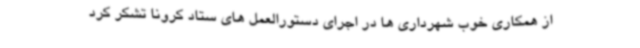
از همکاری خوب شهرداری ها در اجرای دستورالعمل های ستاد کرونا تشکر کرد